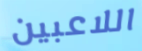
اللاعبين